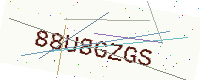
Text: 88U8GZGS